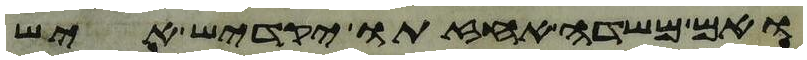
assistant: ואם משדה אחזתו יקדיש איש